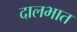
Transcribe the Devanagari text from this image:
दालभात